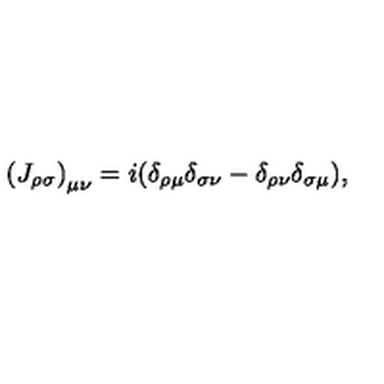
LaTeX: \left( { J _ { \rho \sigma } } \right) _ { \mu \nu } = i ( \delta _ { \rho \mu } \delta _ { \sigma \nu } - \delta _ { \rho \nu } \delta _ { \sigma \mu } ) ,